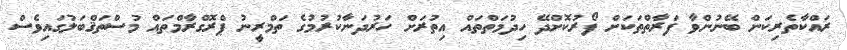
ރައްކާތެރިކަން ބޭނުންވާ ފަރާތްތަކަށް ފޯރުކޮށްދޭ ހިދުމަތްތައް އިތުރަށް ހަރުދަނާކުރުމުގެ ތަމްރީނު ޕްރޮގްރާމްތައް މުސްތަޤްބަލުގައިވެސް